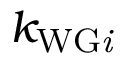
k _ { \mathrm { W G \it { i } } }